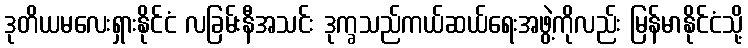
ဒုတိယမလေးရှားနိုင်ငံ လခြမ်းနီအသင်း ဒုက္ခသည်ကယ်ဆယ်ရေးအဖွဲ့ကိုလည်း မြန်မာနိုင်ငံသို့